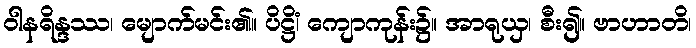
ဝါနရိန္ဒဿ၊ မျောက်မင်း၏။ ပိဋ္ဌိံ၊ ကျောကုန်း၌။ အာရုယှ၊ စီး၍။ ဗာဟာတိ၊